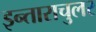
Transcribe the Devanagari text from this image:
इन्ताराचुलर